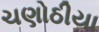
ચણોઠીયા